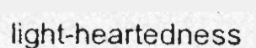
light-heartedness